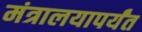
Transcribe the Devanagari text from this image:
मंत्रालयापर्यंत